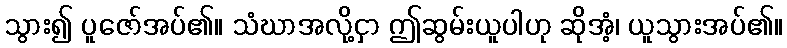
သွား၍ ပူဇော်အပ်၏။ သံဃာအလို့ငှာ ဤဆွမ်းယူပါဟု ဆိုအံ့၊ ယူသွားအပ်၏။